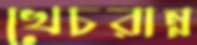
খেচরান্ন